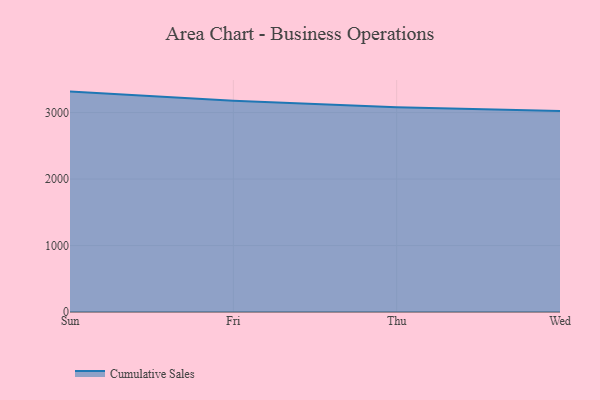
{"axis": {"x": "Day", "y": "Shipments"}, "legend": ["Cumulative Sales"], "data": [{"x": "Sun", "y": 3315.6, "type": "Cumulative Sales"}, {"x": "Fri", "y": 3179.6, "type": "Cumulative Sales"}, {"x": "Thu", "y": 3080.6, "type": "Cumulative Sales"}, {"x": "Wed", "y": 3022.0, "type": "Cumulative Sales"}]}